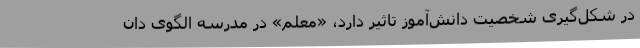
در شکل‌گیری شخصیت دانش‌آموز تاثیر دارد، «معلم» در مدرسه الگوی دان